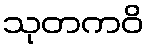
သုတကဝိ